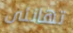
تهانئى